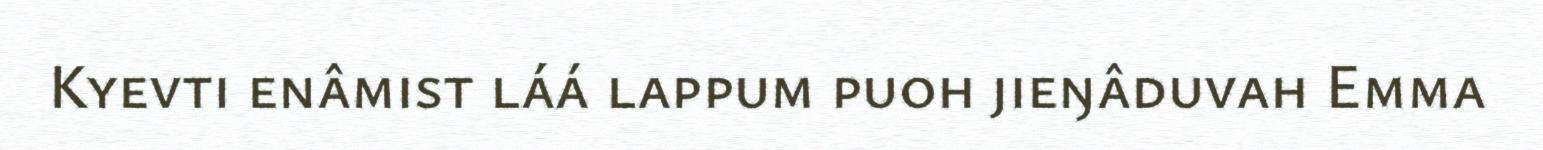
Kyevti enâmist láá lappum puoh jieŋâduvah Emma